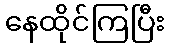
နေထိုင်ကြပြီး